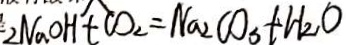
2 N a O H + C O _ { 2 } = N a _ { 2 } C O _ { 3 } + H _ { 2 } O